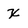
Character: X